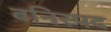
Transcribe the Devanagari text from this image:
बनिस्पद